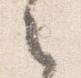
之